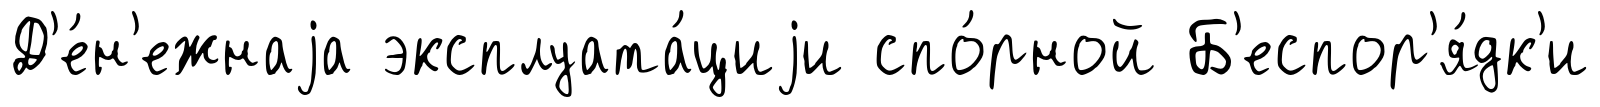
Д'е́н'ежнаjа эксплуата́циjи спо́рной Б'еспор'я́дк'и